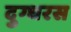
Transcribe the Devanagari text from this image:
दुग्धरस